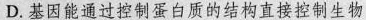
D.基因能通过控制蛋白质的结构直接控制生物